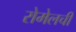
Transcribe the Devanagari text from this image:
रोमेलची